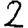
Digit: 2